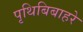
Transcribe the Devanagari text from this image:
पृथिबिबाहरे